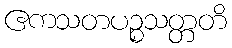
ဧကသတပဉ္စသတ္တတိ